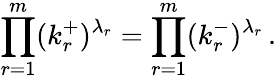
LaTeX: \prod_{r=1}^{m}(k_{r}^{+})^{\lambda_{r}}=\prod_{r=1}^{m}(k_{r}^{-})^{\lambda_{r}}\, .